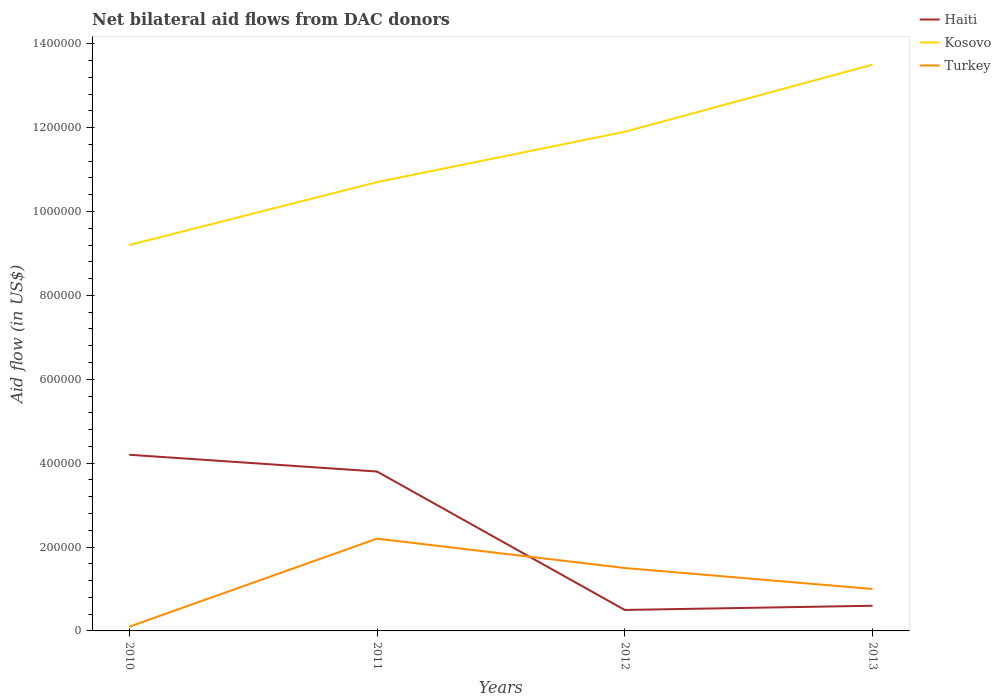
| Years | Haiti | Kosovo | Turkey |
 | --- | --- | --- | --- |
 | 2010 | 4.2e+05 | 9.2e+05 | 1e+04 |
 | 2011 | 3.8e+05 | 1.07e+06 | 2.2e+05 |
 | 2012 | 5e+04 | 1.19e+06 | 1.5e+05 |
 | 2013 | 6e+04 | 1.35e+06 | 1e+05 |